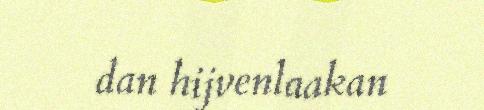
dan hijvenlaakan